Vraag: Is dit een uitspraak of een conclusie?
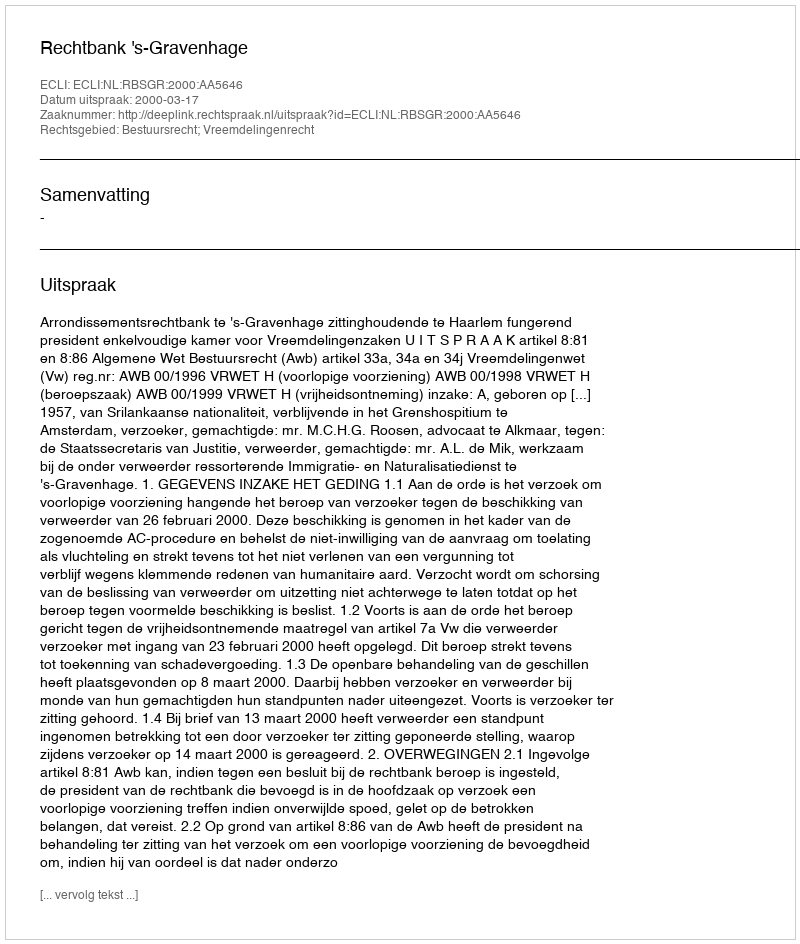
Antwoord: Uitspraak